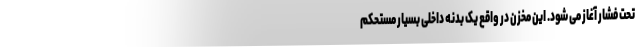
تحت فشار آغاز می شود. این مخزن در واقع یک بدنه داخلی بسیار مستحکم